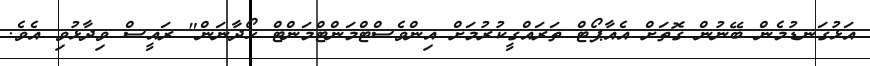
އަޅުގަނޑުމެން ބޭނުން ގޮތަށް އެއާޕޯޓް ތަރައްގީކުރުމަށް އިންވެސްޓްމަންޓްމަންޓް ހޯދާނަން" ރައީސް ވިދާޅުވި އެވެ.